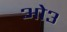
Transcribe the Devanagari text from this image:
ओ३